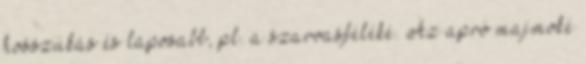
hosszúkás és laposabb, pl. a szarvasféléké. Az apró majmoké